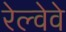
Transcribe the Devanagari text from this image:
रेल्वेवे